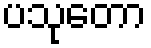
ပသုတော